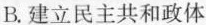
B.建立民主共和政体